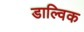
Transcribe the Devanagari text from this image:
डाल्विक